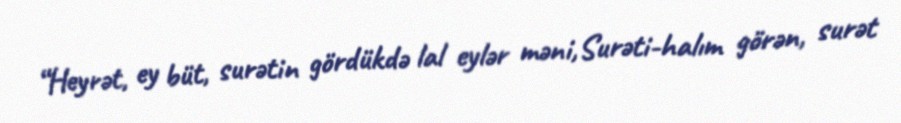
“Heyrət, ey büt, surətin gördükdə lal eylər məni,Surəti-halım görən, surət